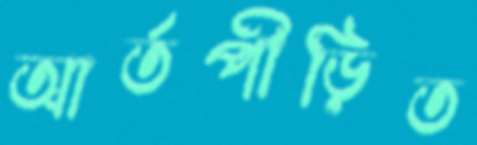
আর্তপীড়িত